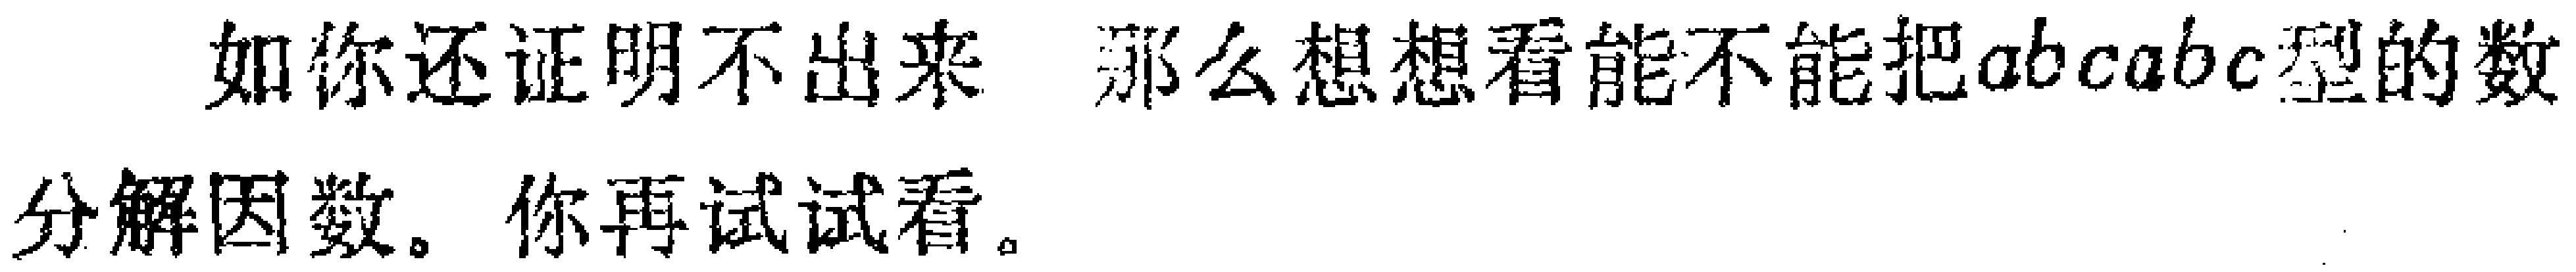
如你还证明不出来，那么想想看能不能把\(abcabc\)型的数分解因数。你再试试看。